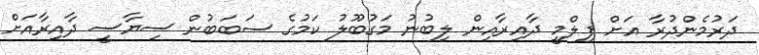
ދަރުމެންދުރާ އަށް ފިލްމީ ދާއިރާއިން ލިބުނު މަގުބޫލު ކަމުގެ ސަބަބުން ސިޔާސީ ދާއިރާއަށް